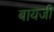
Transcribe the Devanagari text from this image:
बायजी